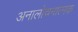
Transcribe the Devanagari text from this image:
अनालोचनात्मक